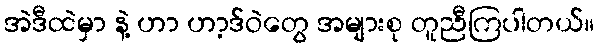
အဲဒီထဲမှာ နဲ့ ဟာ ဟာ့ဒ်ဝဲတွေ အများစု တူညီကြပါတယ်။